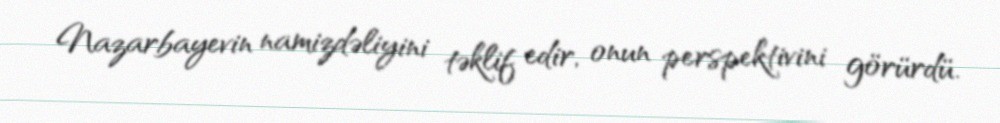
Nazarbayevin namizdəliyini təklif edir, onun perspektivini görürdü.